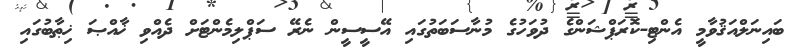
ބައިނަލްއަޤުވާމީ އެންޓި-ކޮރަޕްޝަންގެ ދުވަހުގެ މުނާސަބަތުގައި އޭސީސީން ނެރޭ ސަޕްލިމެންޓަށް ދެއްވި ޚާއްޞަ ޚިޠާބުގައި